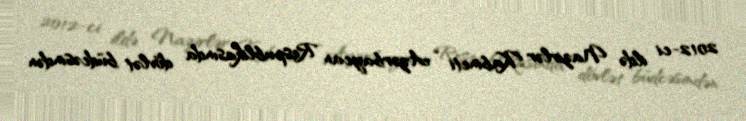
2012-ci ildə Nazirlər Kabineti “Azərbaycan Respublikasında dövlət büdcəsindən